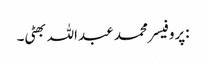
:پروفیسر محمد عبداللہ بھٹی۔